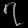
Digit: ၇